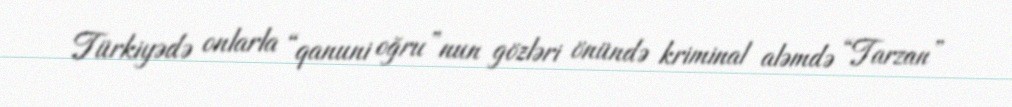
Türkiyədə onlarla “qanuni oğru”nun gözləri önündə kriminal aləmdə “Tarzan”